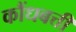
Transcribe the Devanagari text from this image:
कौंधबत्ती